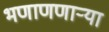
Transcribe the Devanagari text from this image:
भणाणणार्‍या